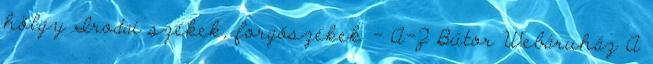
hölgy Irodai székek, forgószékek - A-Z Bútor Webáruház A